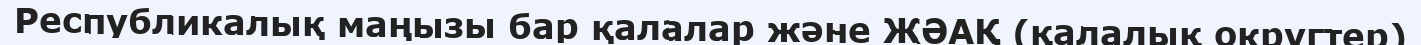
Республикалық маңызы бар қалалар және ЖӘАҚ (қалалық округтер)